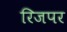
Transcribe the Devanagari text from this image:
रिजपर